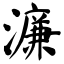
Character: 濂